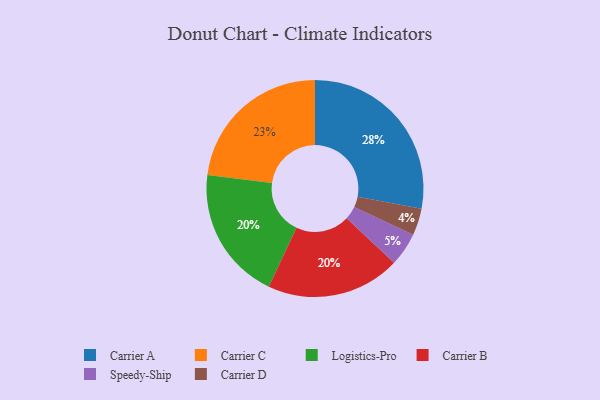
{"axis": {"x": "Category", "y": "Percentage"}, "legend": ["Carrier A", "Carrier B", "Carrier C", "Carrier D", "Logistics-Pro", "Speedy-Ship"], "data": [{"x": "Carrier D", "y": 4, "type": "Carrier D"}, {"x": "Carrier A", "y": 28, "type": "Carrier A"}, {"x": "Logistics-Pro", "y": 20, "type": "Logistics-Pro"}, {"x": "Carrier B", "y": 20, "type": "Carrier B"}, {"x": "Carrier C", "y": 23, "type": "Carrier C"}, {"x": "Speedy-Ship", "y": 5, "type": "Speedy-Ship"}]}